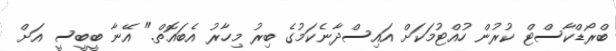
ބްރޯޑްކާސްޓް ކުރުން ހުއްޓުމަކަށް އައިސްދާނެކަމުގެ ބިރު މިހާރު އެބައޮތް." އޭނާ ބީބީސީ އަށް